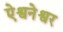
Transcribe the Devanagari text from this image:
ऐश्वनेश्वर